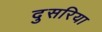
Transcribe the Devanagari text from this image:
दुसरिया